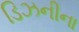
ડિઝનીના